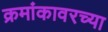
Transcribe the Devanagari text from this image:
क्रमांकावरच्या